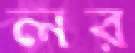
লর